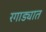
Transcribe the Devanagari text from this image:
रगाड्यात